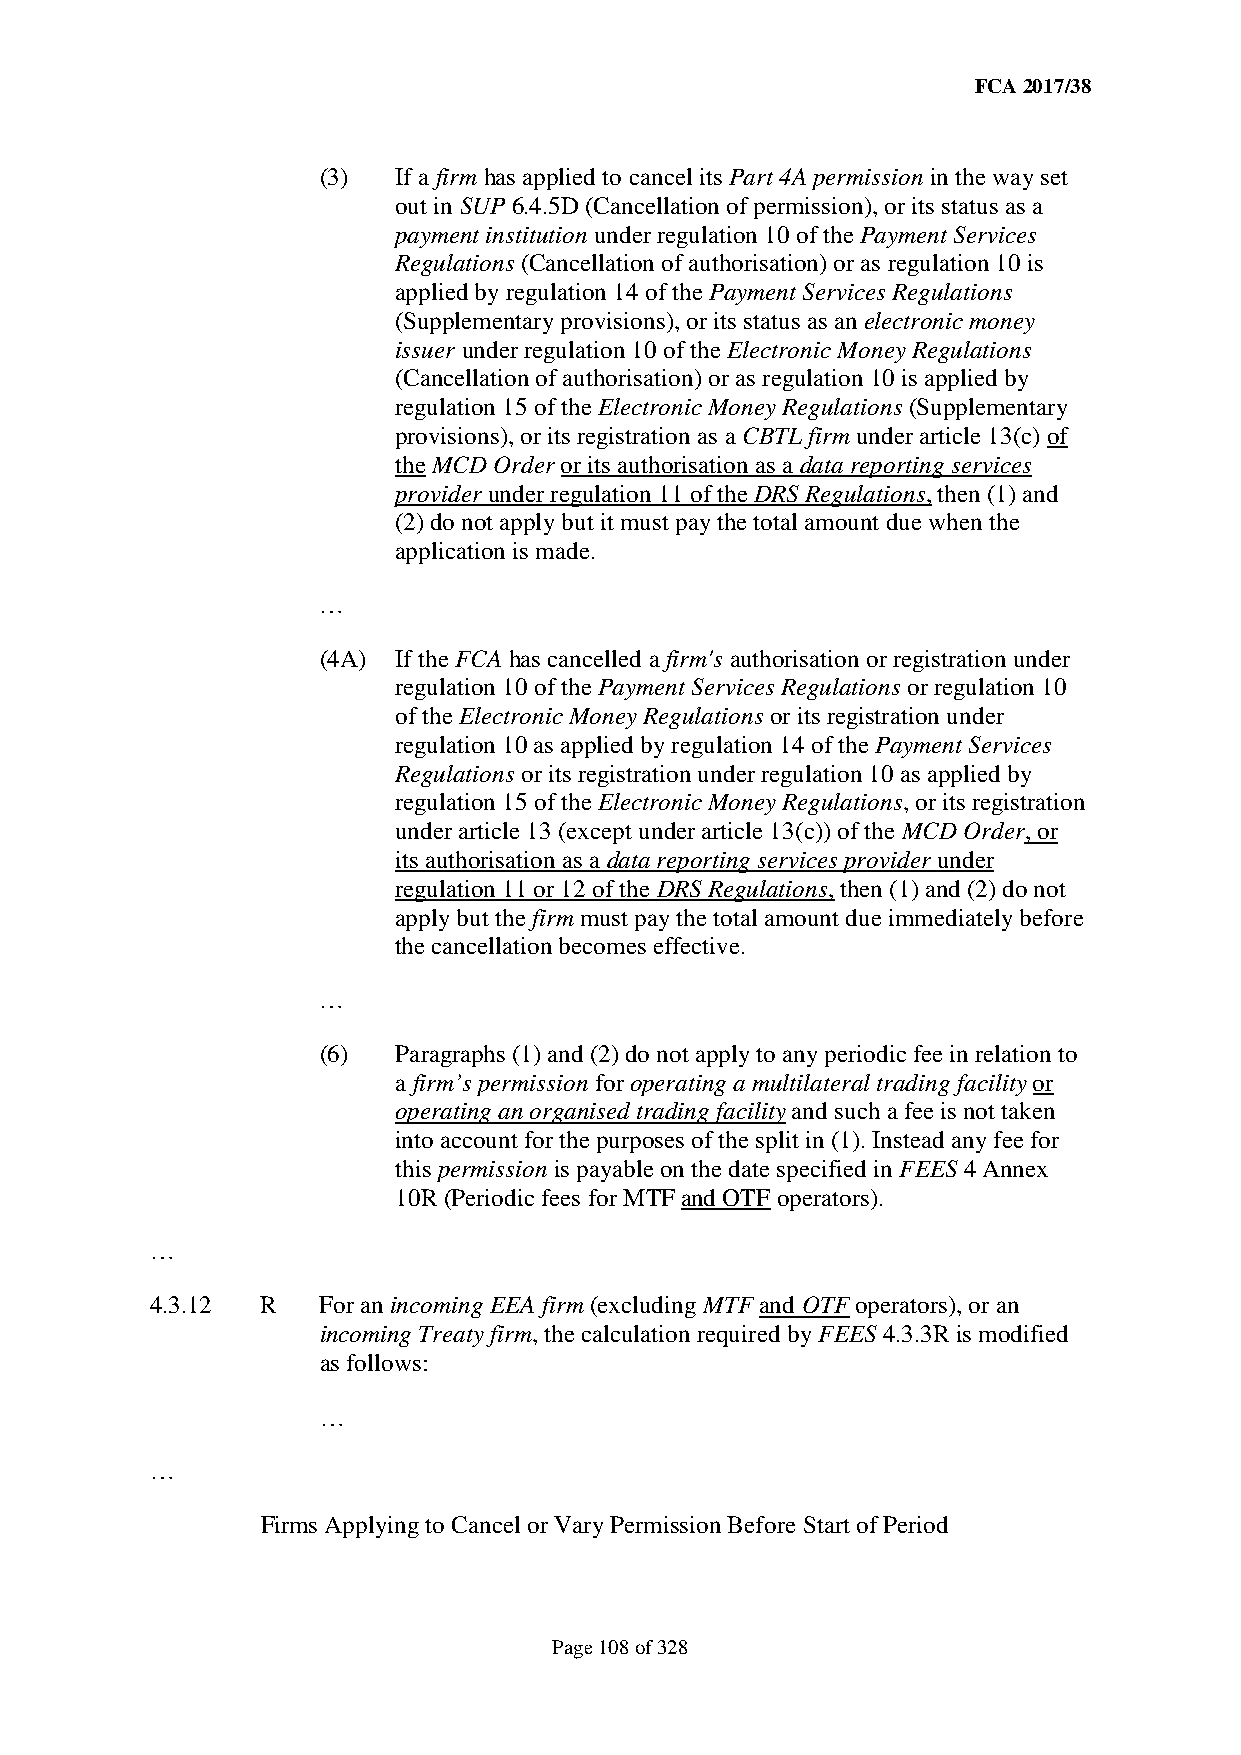
FCA 2017/38
 (3)  If a firm has applied to cancel its Part 4A permission in the way set
 out in SUP 6.4.5D (Cancellation of permission), or its status as a
 payment institution under regulation 10 of the Payment Services
 Regulations (Cancellation of authorisation) or as regulation 10 is
 applied by regulation 14 of the Payment Services Regulations
 (Supplementary provisions), or its status as an electronic money
 issuer under regulation 10 of the Electronic Money Regulations
 (Cancellation of authorisation) or as regulation 10 is applied by
 regulation 15 of the Electronic Money Regulations (Supplementary
 provisions), or its registration as a CBTL firm under article 13(c) of
 the MCD Order or its authorisation as a data reporting services
 provider under regulation 11 of the DRS Regulations, then (1) and
 (2) do not apply but it must pay the total amount due when the
 application is made.
 …
 (4A) If the FCA has cancelled a firm's authorisation or registration under
 regulation 10 of the Payment Services Regulations or regulation 10
 of the Electronic Money Regulations or its registration under
 regulation 10 as applied by regulation 14 of the Payment Services
 Regulations or its registration under regulation 10 as applied by
 regulation 15 of the Electronic Money Regulations, or its registration
 under article 13 (except under article 13(c)) of the MCD Order, or
 its authorisation as a data reporting services provider under
 regulation 11 or 12 of the DRS Regulations, then (1) and (2) do not
 apply but the firm must pay the total amount due immediately before
 the cancellation becomes effective.
 …
 (6)  Paragraphs (1) and (2) do not apply to any periodic fee in relation to
 a firm’s permission for operating a multilateral trading facility or
 operating an organised trading facility and such a fee is not taken
 into account for the purposes of the split in (1). Instead any fee for
 this permission is payable on the date specified in FEES 4 Annex
 10R (Periodic fees for MTF and OTF operators).
 …
 4.3.12 R   For an incoming EEA firm (excluding MTF and OTF operators), or an
 incoming Treaty firm, the calculation required by FEES 4.3.3R is modified
 as follows:
 …
 …
 Firms Applying to Cancel or Vary Permission Before Start of Period
 Page 108 of 328